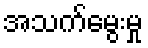
အသက်မွေးမှု